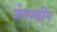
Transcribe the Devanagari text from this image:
जेराल्डीन